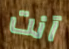
آنت